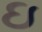
ઇ